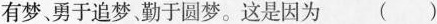
有梦、勇于追梦勤于圆梦。这是因为 ( )